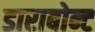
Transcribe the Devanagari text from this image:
डाराबोन्ट